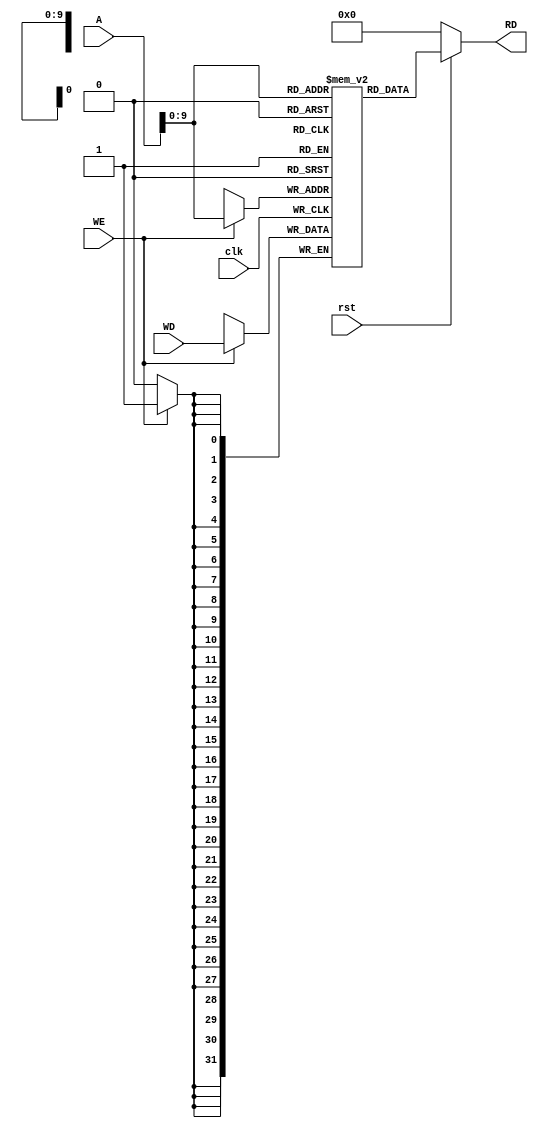
module Data_memory(A,WD,clk,rst,WE,RD);

//input [31:0] A,WD;
//input clk,WE;
//
//output [31:0] RD;
//reg [31:0] Data_Mem [1023:0];
//
////read
//assign RD = (WE == 1'b0) ? Data_Mem[A] : 32'h00000000; 
////write
//always@(posedge clk) begin
//   
//   if (WE)
//    begin
//    Data_Mem[A] <= WD;
//   end
//	end
    input clk,rst,WE;
    input [31:0]A,WD;
    output [31:0]RD;

    reg [31:0] mem [1023:0];

    always @ (posedge clk)
    begin
        if(WE)
            mem[A] <= WD;
    end

    assign RD = (~rst) ? 32'd0 : mem[A];

    initial begin
        mem[28] = 32'h00000020;
        
    end

endmodule